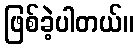
ဖြစ်ခဲ့ပါတယ်။